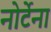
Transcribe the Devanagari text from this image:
नोर्टेना